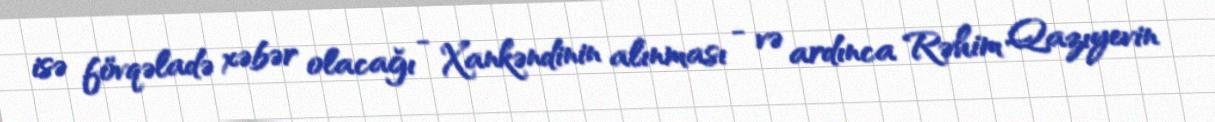
isə fövqəladə xəbər olacağı - Xankəndinin alınması - və ardınca Rəhim Qazıyevin